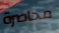
محاصرة